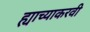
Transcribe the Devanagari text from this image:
ह्याच्याकरवी